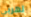
تهربي